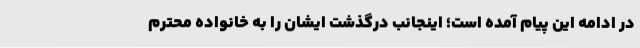
در ادامه این پیام آمده است؛ اینجانب درگذشت ایشان را به خانواده محترم